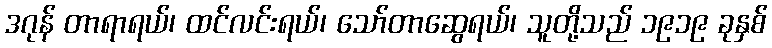
ဒဂုန် တာရာရယ်၊ ထင်လင်းရယ်၊ သော်တာဆွေရယ်၊ သူတို့သည် ၁၉၁၉ ခုနှစ်